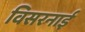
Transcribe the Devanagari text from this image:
विसरनाई